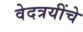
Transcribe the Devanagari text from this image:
वेदत्रयींचे